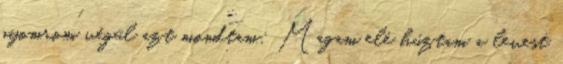
gyomrom végül azt mondtam: Magam elé húztam a levest